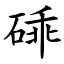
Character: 䂷